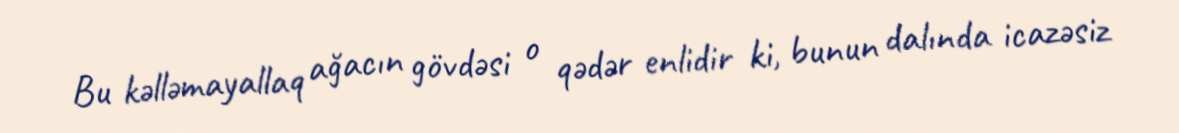
Bu kəlləmayallaq ağacın gövdəsi o qədər enlidir ki, bunun dalında icazəsiz